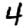
Digit: 4